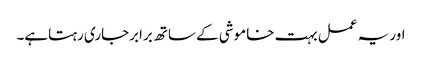
اور یہ عمل بہت خاموشی کے ساتھ برابرجاری رہتاہے۔